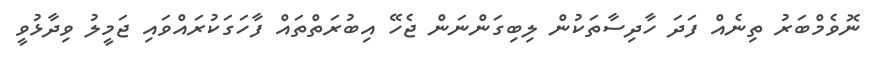
ނޮވެމްބަރު ތިނެއް ފަދަ ހާދިސާތަކުން ލިބިގަންނަން ޖެހޭ އިބުރަތްތައް ފާހަގަކުރައްވައި ޖަމީލު ވިދާޅުވީ